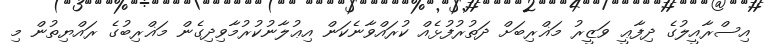
އިސްރާއީލުގެ ދިފާޢީ ވަޒީރު މަޣްރިބަށް ދަތުރުފުޅެއް ކުރައްވާނެކަން އިޢުލާނުކުރުމާވިދިގެން މަޣްރިބުގެ ރައްޔިތުން މި